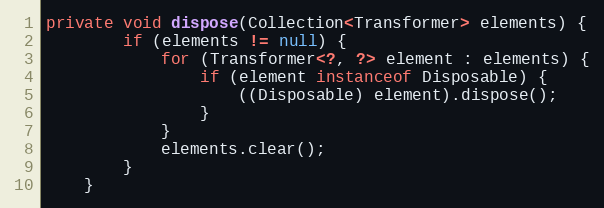
Language: Java
private void dispose(Collection<Transformer> elements) {
        if (elements != null) {
            for (Transformer<?, ?> element : elements) {
                if (element instanceof Disposable) {
                    ((Disposable) element).dispose();
                }
            }
            elements.clear();
        }
    }